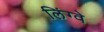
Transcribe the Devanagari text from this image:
लिंग्वे